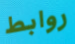
روابط